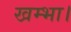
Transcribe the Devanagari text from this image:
खम्भा।